Annual report of the Punjab Veterinary College and of the Civil Veterinary Department, Punjab - 1926-1932
Year: 1926
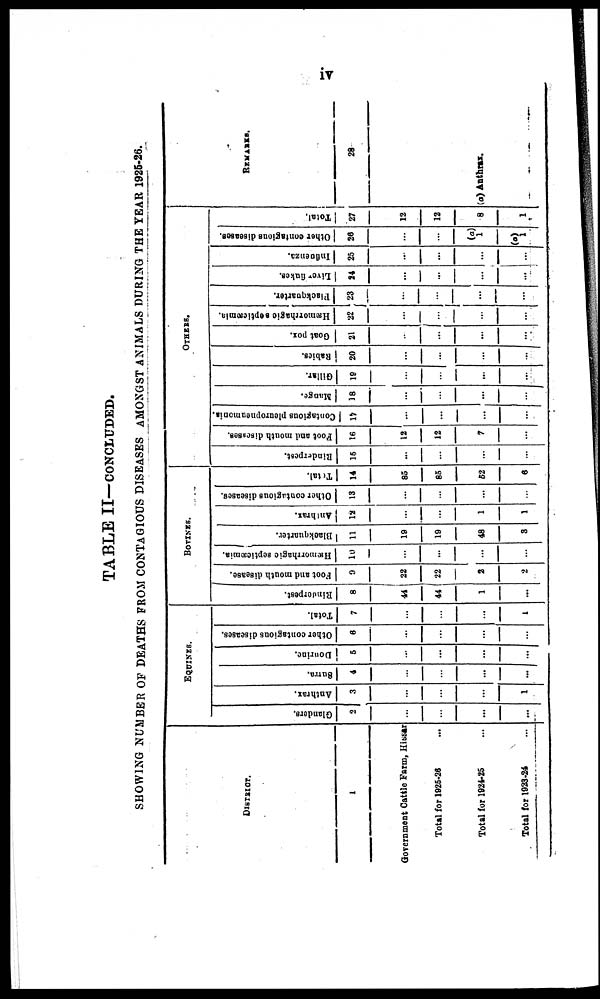
iv
TABLE II—CONCLUDED.
SHOWING NUMBER OF DEATHS FROM CONTAGIOUS DISEASES AMONGST ANIMALS DURING THE YEAR 1925-26.
DISTRIOT.
1
Government Cattle Farm, Hissar
Total for 1925-26 ...
Total for 1924-25 ...
Total for 1923-24 ...
EQUINES.
Gl ander s .
2
...
...
...
...
Anthrax.
3
...
...
...
1
Sur r a.
4
...
...
...
...
Dourine.
5
...
...
...
...
Ot her contagious diseases.
6
...
...
...
...
Tot al .
7
...
...
...
1
BOVINES.
Rinderpest.
8
44
44
1
...
Foot and mo u t h di s eas e.
0
22
22
—
2
2
Hæmo r
r
h a g ic septicæmia.
10
...
...
...
...
Blackquarter.
11
19
19
—
48
3
Anthrax.
12
...
...
—
1
1
Ot her contagious diseases.
Tot al .
13
...
...
...
...
Tot al .
14
85
85
62
6
OTHERS.
Ri nder pes t
.
15
...
...
...
...
Foot a nd m o u t h di s cus es .
16
12
12
7
...
Cont a gi ous pleuropneumonia.
17
...
...
—
...
...
Mange.
18
...
...
...
...
Gillar.
18
...
...
—
...
...
Rabies,
20
...
...
...
...
Goat pox.
21
...
...
...
...
Hæmo r
r
h a g ic s
e p tic
æmia .
22
...
...
—
...
...
Blackquarter.
23
...
...
...
...
Li ve f i ukes.
24
...
...
...
...
Influenza.
25
...
...
...
...
Other contagious di s eas es .
26
...
...
1
(a)
1
Tot al .
27
12
12
8
1
REMARKS.
28
(a) Anthrax.